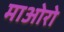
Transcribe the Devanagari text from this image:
माओरो